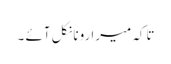
تاکہ میرا رونا نکل آئے ۔